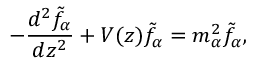
- { \frac { d ^ { 2 } \tilde { f } _ { \alpha } } { d z ^ { 2 } } } + V ( z ) \tilde { f } _ { \alpha } = m _ { \alpha } ^ { 2 } \tilde { f } _ { \alpha } ,